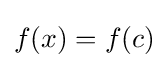
f(x)=f(c)